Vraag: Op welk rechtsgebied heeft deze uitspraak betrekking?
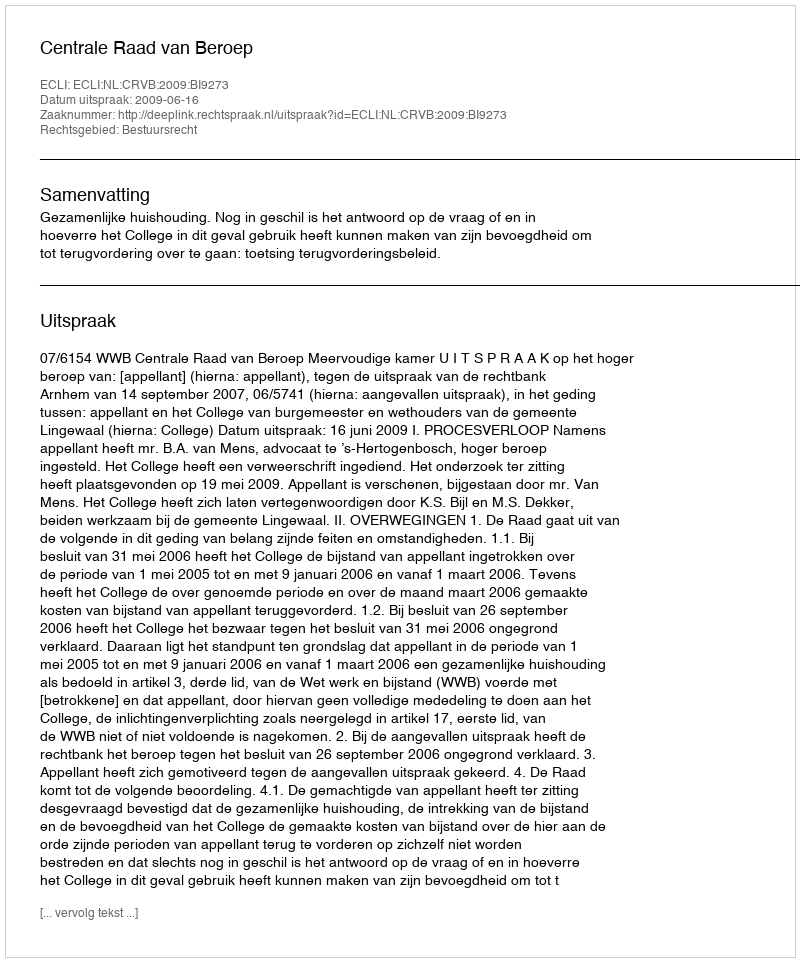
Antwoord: Bestuursrecht